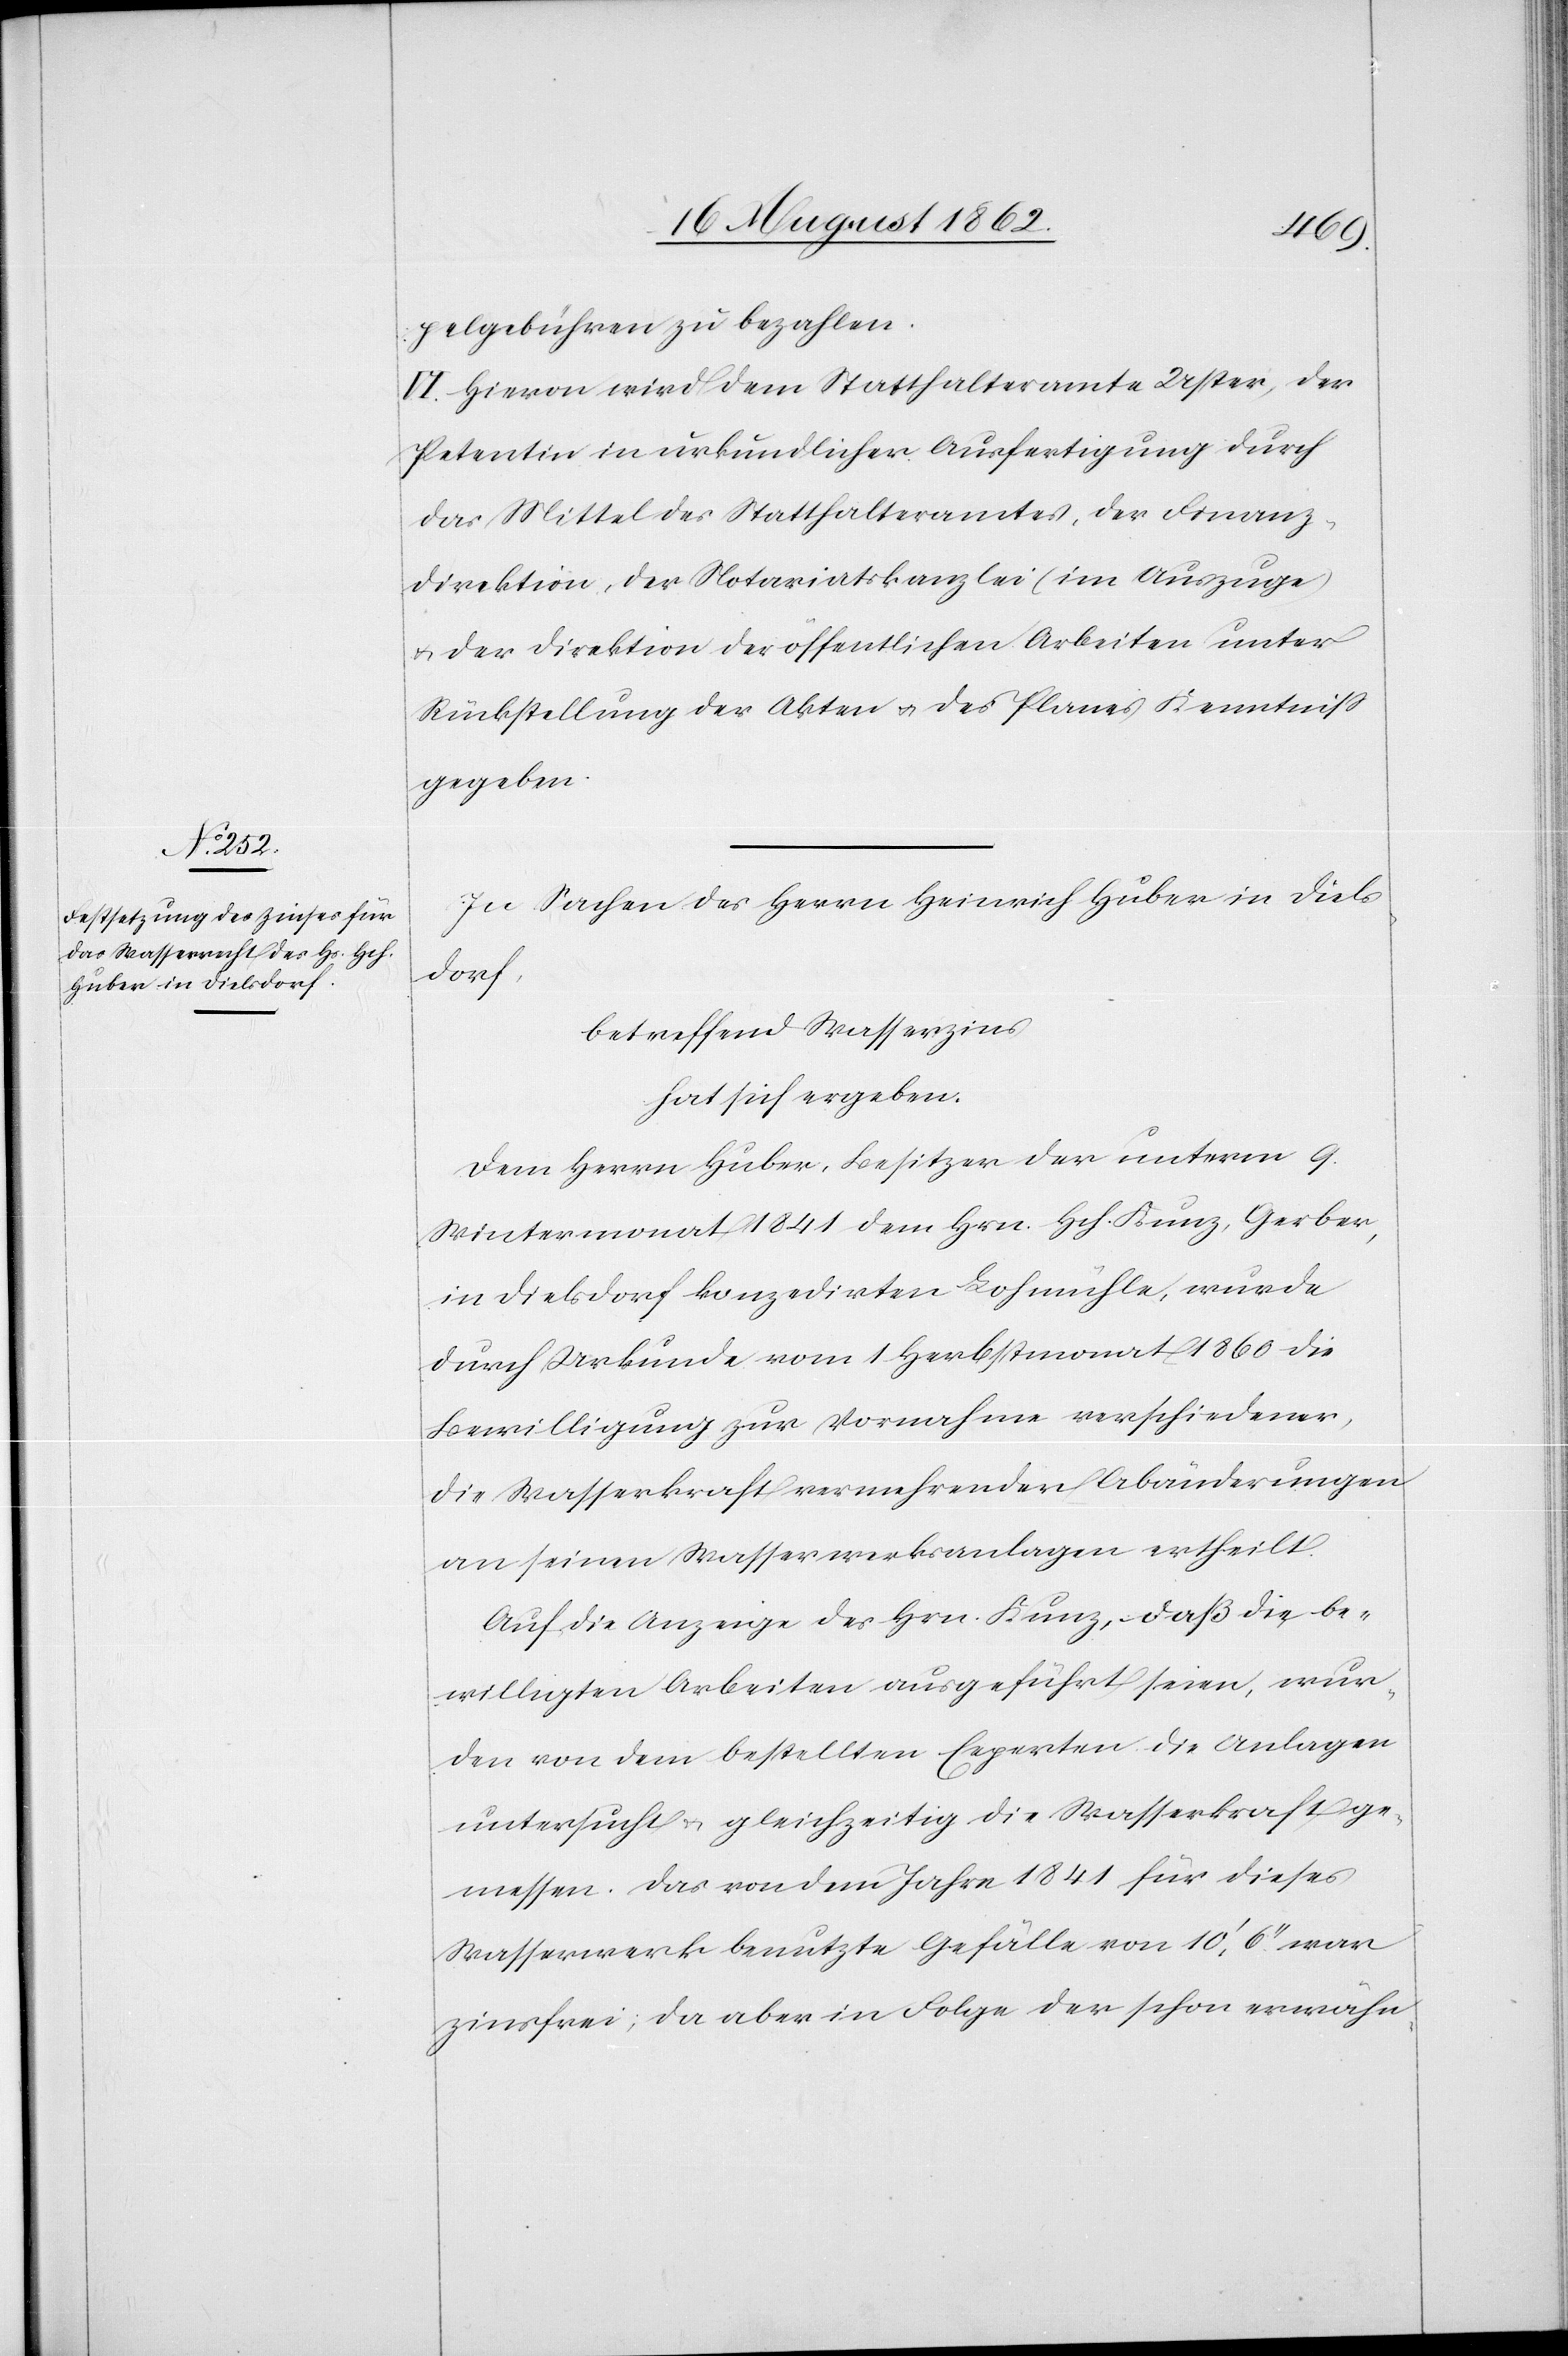
gebühren zu bezahlen.
VI. Hievon wird dem Statthalteramte Uster, der
Petentin in urkundlicher Ausfertigung durch
das Mittel des Statthalteramtes, der Finanz¬
direktion, der Notariatkanzlei (im Auszuge)
u. der Direktion der öffentlichen Arbeiten unter
Rückstellung der Akten u. des Planes Kenntniß
gegeben.
In Sachen des Herrn Heinrich Huber in Diels¬
dorf,
betreffend Wasserzins
hat sich ergeben:
Dem Herrn Huber, Besitzer der unterm 9.
Wintermonat 1841 dem Hrn. Hch. Kunz, Gerber,
in Dielsdorf konzedirten Lohmühle, wurde
durch Urkunde vom 1. Herbstmonat 1860 die
Bewilligung zur Vorname verschiedener,
die Wasserkraft vermehrenden Abänderungen
an seinen Wasserwerksanlagen ertheilt.
Auf die Anzeige des Hrn. Kunz, daß die be¬
willigten Arbeiten ausgeführt seien, wur¬
den von dem bestellten Experten die Anlagen
untersucht u. gleichzeitig die Wasserkraft ge¬
messen. Das von dem Jahre 1841 für dieses
Wasserwerk benutzte Gefälle von 10’,6’’ war
zinsfrei, da aber in Folge der schon erwähn-